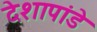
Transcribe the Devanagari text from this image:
देशापांडे